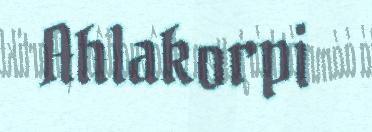
Ahlakorpi